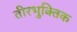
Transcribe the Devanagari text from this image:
तीरभुक्‍तिक